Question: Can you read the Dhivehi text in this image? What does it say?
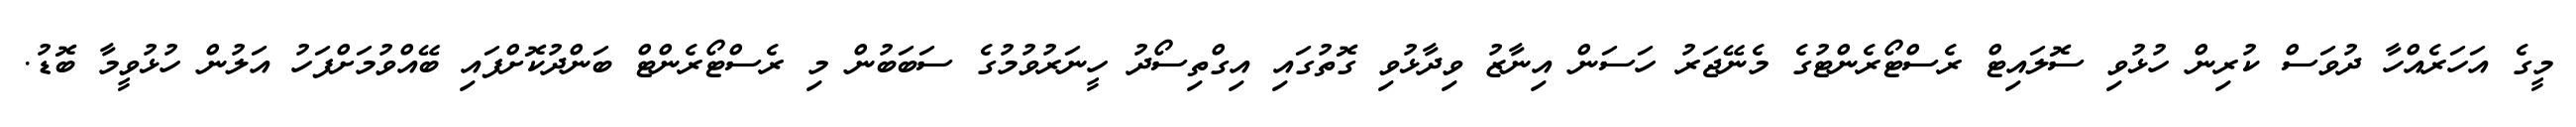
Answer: މީގެ އަހަރެއްހާ ދުވަސް ކުރިން ހުޅުވި ސޮލައިޓް ރެސްޓޯރެންޓުގެ މެނޭޖަރު ހަސަން އިނާޒު ވިދާޅުވި ގޮތުގައި އިގްތިސޯދު ހީނަރުވުމުގެ ސަބަބުން މި ރެސްޓޯރެންޓް ބަންދުކޮށްފައި ބޭއްވުމަށްފަހު އަލުން ހުޅުވީމާ ބޮޑު.